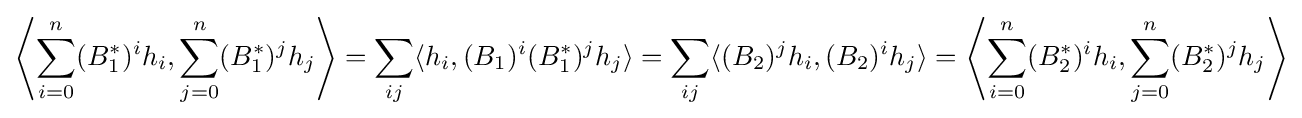
\left\langle \sum _{i=0}^{n}(B_{1}^{*})^{i}h_{i},\sum _{j=0}^{n}(B_{1}^{*})^{j}h_{j}\right\rangle =\sum _{ij}\langle h_{i},(B_{1})^{i}(B_{1}^{*})^{j}h_{j}\rangle =\sum _{ij}\langle (B_{2})^{j}h_{i},(B_{2})^{i}h_{j}\rangle =\left\langle \sum _{i=0}^{n}(B_{2}^{*})^{i}h_{i},\sum _{j=0}^{n}(B_{2}^{*})^{j}h_{j}\right\rangle